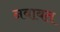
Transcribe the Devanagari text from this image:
नवाबत